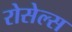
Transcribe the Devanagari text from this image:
रोसेल्स